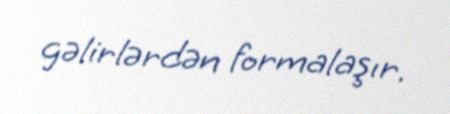
gəlirlərdən formalaşır.